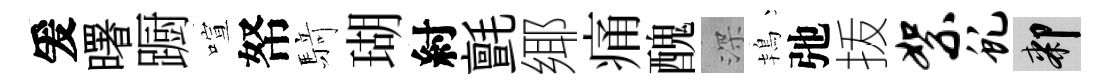
爰曙蹰喧帑𮪍瑚紂氈鄊痛醜深鴇弛㧞絮虬膝